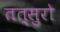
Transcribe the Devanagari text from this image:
तत्सुरो